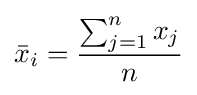
{\bar {x}}_{i}={\frac {\sum _{j=1}^{n}x_{j}}{n}}